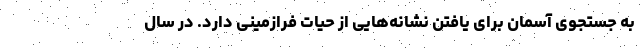
به جستجوی آسمان برای یافتن نشانه‌هایی از حیات فرازمینی دارد. در سال